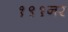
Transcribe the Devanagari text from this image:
१९१नर